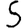
Digit: 5